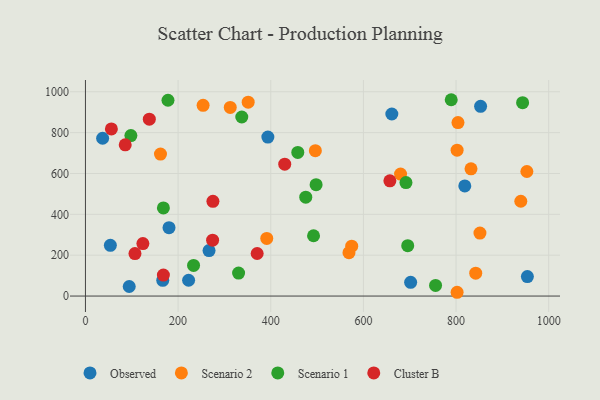
{"axis": {"x": "Investment", "y": "Rating"}, "legend": ["Cluster B", "Observed", "Scenario 1", "Scenario 2"], "data": [{"x": "222.7", "y": 77.4, "type": "Observed"}, {"x": "166.9", "y": 76.8, "type": "Observed"}, {"x": "180.4", "y": 334.9, "type": "Observed"}, {"x": "393.8", "y": 778.3, "type": "Observed"}, {"x": "37.1", "y": 772.5, "type": "Observed"}, {"x": "853.0", "y": 928.8, "type": "Observed"}, {"x": "702.0", "y": 67.3, "type": "Observed"}, {"x": "954.0", "y": 95.3, "type": "Observed"}, {"x": "661.4", "y": 891.1, "type": "Observed"}, {"x": "818.9", "y": 539.3, "type": "Observed"}, {"x": "53.8", "y": 248.1, "type": "Observed"}, {"x": "94.5", "y": 46.8, "type": "Observed"}, {"x": "266.8", "y": 222.8, "type": "Observed"}, {"x": "351.3", "y": 949.3, "type": "Scenario 2"}, {"x": "804.2", "y": 849.4, "type": "Scenario 2"}, {"x": "851.6", "y": 308.1, "type": "Scenario 2"}, {"x": "574.8", "y": 244.3, "type": "Scenario 2"}, {"x": "254.0", "y": 933.7, "type": "Scenario 2"}, {"x": "680.2", "y": 597.2, "type": "Scenario 2"}, {"x": "842.5", "y": 111.8, "type": "Scenario 2"}, {"x": "312.6", "y": 923.6, "type": "Scenario 2"}, {"x": "802.3", "y": 714.3, "type": "Scenario 2"}, {"x": "952.9", "y": 609.7, "type": "Scenario 2"}, {"x": "162.0", "y": 695.1, "type": "Scenario 2"}, {"x": "391.4", "y": 282.1, "type": "Scenario 2"}, {"x": "802.3", "y": 18.5, "type": "Scenario 2"}, {"x": "496.3", "y": 711.6, "type": "Scenario 2"}, {"x": "568.9", "y": 212.2, "type": "Scenario 2"}, {"x": "939.8", "y": 464.2, "type": "Scenario 2"}, {"x": "832.3", "y": 623.0, "type": "Scenario 2"}, {"x": "497.9", "y": 545.3, "type": "Scenario 1"}, {"x": "695.7", "y": 246.4, "type": "Scenario 1"}, {"x": "691.9", "y": 555.3, "type": "Scenario 1"}, {"x": "755.8", "y": 51.8, "type": "Scenario 1"}, {"x": "168.3", "y": 431.2, "type": "Scenario 1"}, {"x": "475.6", "y": 484.0, "type": "Scenario 1"}, {"x": "458.4", "y": 702.9, "type": "Scenario 1"}, {"x": "337.5", "y": 876.6, "type": "Scenario 1"}, {"x": "178.2", "y": 958.5, "type": "Scenario 1"}, {"x": "330.6", "y": 112.6, "type": "Scenario 1"}, {"x": "492.4", "y": 295.1, "type": "Scenario 1"}, {"x": "943.7", "y": 946.8, "type": "Scenario 1"}, {"x": "233.4", "y": 150.1, "type": "Scenario 1"}, {"x": "98.1", "y": 785.8, "type": "Scenario 1"}, {"x": "789.6", "y": 961.1, "type": "Scenario 1"}, {"x": "657.2", "y": 563.9, "type": "Cluster B"}, {"x": "168.3", "y": 102.9, "type": "Cluster B"}, {"x": "124.0", "y": 256.8, "type": "Cluster B"}, {"x": "106.9", "y": 208.1, "type": "Cluster B"}, {"x": "56.0", "y": 818.0, "type": "Cluster B"}, {"x": "370.7", "y": 208.4, "type": "Cluster B"}, {"x": "274.5", "y": 273.6, "type": "Cluster B"}, {"x": "85.9", "y": 740.3, "type": "Cluster B"}, {"x": "275.2", "y": 463.6, "type": "Cluster B"}, {"x": "137.9", "y": 865.8, "type": "Cluster B"}, {"x": "430.2", "y": 645.4, "type": "Cluster B"}]}